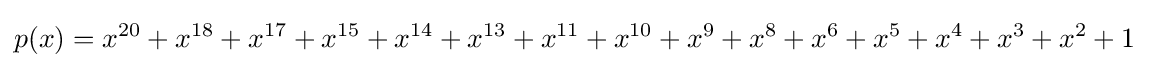
p(x)=x^{20}+x^{18}+x^{17}+x^{15}+x^{14}+x^{13}+x^{11}+x^{10}+x^{9}+x^{8}+x^{6}+x^{5}+x^{4}+x^{3}+x^{2}+1